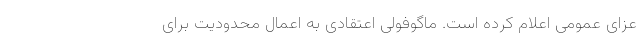
عزای عمومی اعلام کرده است. ماگوفولی اعتقادی به اعمال محدودیت برای